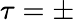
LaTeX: \tau=\pm